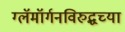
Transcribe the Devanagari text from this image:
ग्लॅमॉर्गनविरुद्धच्या